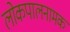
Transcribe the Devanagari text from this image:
लोकपालनामक